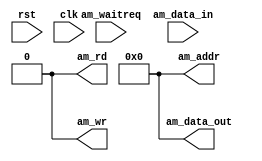
/*******************************************************************************
 *                                                                             *
 *                  Copyright (C) 2011 Altera Corporation                      *
 *                                                                             *
 * ALTERA, ARRIA, CYCLONE, HARDCOPY, MAX, MEGACORE, NIOS, QUARTUS & STRATIX    *
 * are Reg. U.S. Pat. & Tm. Off. and Altera marks in and outside the U.S.      *
 *                                                                             *
 * All information provided herein is provided on an "as is" basis,            *
 * without warranty of any kind.                                               *
 *                                                                             *
 * Module Name: avalon_state_machine_master                                    *
 *                                                                             *
 * Module Function: This file contains an Avalon state machine master which    *
 *                  will create Avalon-MM bus transactions.                    *
 *                                                                             *
 * REVISION HISTORY:                                                           *
 *  Revision 1.0    02/28/2011 - Initial Revision                              *
 *  Revision 2.0    04/18/2011 - Added header                                  *
 ******************************************************************************/

module avalon_state_machine_master (
	input 				rst, clk,
	input 				am_waitreq,
	input [31:0] 		am_data_in,
	output reg [31:0]	am_addr,
	output reg [31:0] 	am_data_out,
	output reg			am_rd, am_wr
);

	reg [31:0]			data_reg;
	reg					data_reg_wr;
	
	reg [3:0]		current_state, next_state;
	localparam		jm_0 = 0, 
					jm_1 = 1, 
					jm_2 = 3, 
					jm_3 = 4, 
					jm_4 = 5, 
					jm_5 = 6;
	
	
	// Data register
	always @ (posedge clk, posedge rst)
	begin:  data_reg_proc
		if (rst)
			data_reg <= 32'b0;
		else begin
			if (data_reg_wr)
				data_reg <= am_data_in;
		end
	end // data_reg_proc
	
	// State register transitions
	always @ (posedge clk, posedge rst)
	begin:  state_reg_proc
		if (rst)
			current_state <= jm_0;
		else
			current_state <= next_state;
	end // state_reg_proc
	
	// Next state logic
	always @ (current_state, am_waitreq, data_reg)
	begin:  next_state_proc
		am_addr <= 32'b0;
		am_wr <= 1'b0;
		am_rd <= 1'b0;
		am_data_out <= 32'b0;
		
		case (current_state)

			// Insert avalon_state_machine_master
						
			jm_5 :	// Endless loop
						next_state <= jm_5;
						
			default :// idle
						next_state <= jm_0;
						
		endcase
	end
					
endmodule